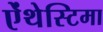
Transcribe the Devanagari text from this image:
ऐंथेस्टिमा